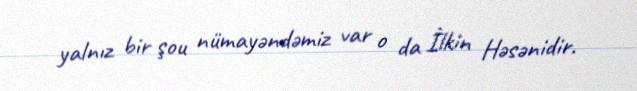
yalnız bir şou nümayəndəmiz var o da İlkin Həsənidir.